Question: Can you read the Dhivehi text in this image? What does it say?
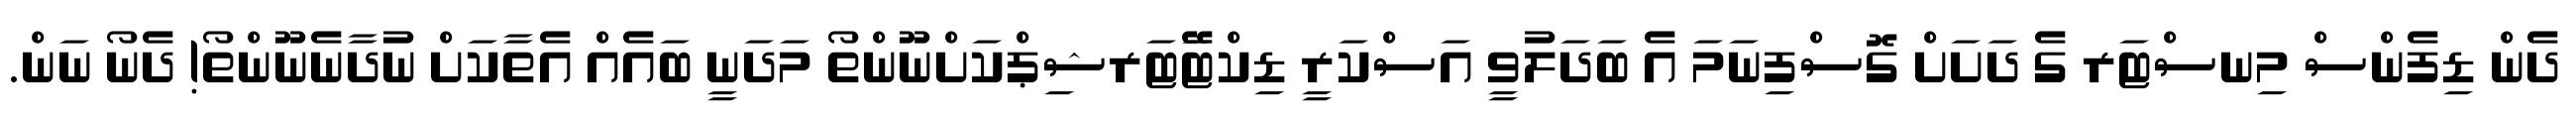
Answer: ދެން ޑިފެންސް މިނސްޓަރ ގެ ދަށަށް ގޮސްފިނަމަ އެ ބަދަލުވީ އަސްކަރީ ޑިކްޓޭަޓަރޝިޕްކަށްނޫންތޯ މަދަނީ ބައެއް އެތާކަށް ނުދާނެނޫންތޯ! ދެނޯ ނަން.